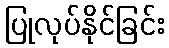
ပြုလုပ်နိုင်ခြင်း